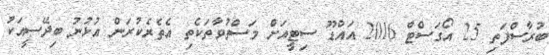
ބުރާސްފަތި 25 އޯގަސްޓް 2016 އައްޑޫ ސިޓީއަށް މަސްތުވާތަކެތި އެތެރެކުރަން އުޅުނު ބިދޭސީއަކު